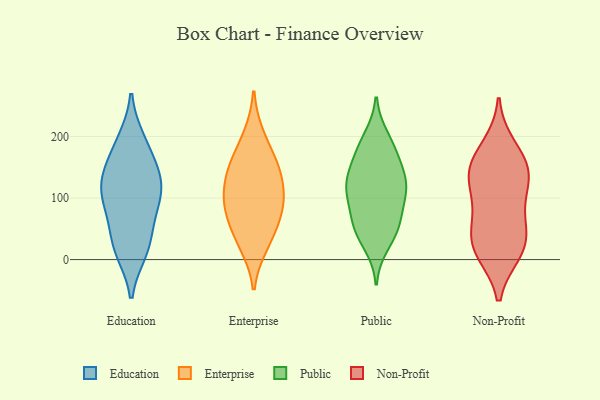
{"axis": {"x": "Tickets Resolved", "y": "Value"}, "legend": ["Education", "Enterprise", "Non-Profit", "Public"], "data": [{"x": "", "y": 193, "type": "Education"}, {"x": "", "y": 81, "type": "Education"}, {"x": "", "y": 18, "type": "Education"}, {"x": "", "y": 119, "type": "Education"}, {"x": "", "y": 64, "type": "Education"}, {"x": "", "y": 123, "type": "Education"}, {"x": "", "y": 115, "type": "Education"}, {"x": "", "y": 26, "type": "Education"}, {"x": "", "y": 14, "type": "Education"}, {"x": "", "y": 150, "type": "Education"}, {"x": "", "y": 188, "type": "Education"}, {"x": "", "y": 144, "type": "Education"}, {"x": "", "y": 98, "type": "Education"}, {"x": "", "y": 103, "type": "Enterprise"}, {"x": "", "y": 39, "type": "Enterprise"}, {"x": "", "y": 86, "type": "Enterprise"}, {"x": "", "y": 152, "type": "Enterprise"}, {"x": "", "y": 25, "type": "Enterprise"}, {"x": "", "y": 152, "type": "Enterprise"}, {"x": "", "y": 140, "type": "Enterprise"}, {"x": "", "y": 72, "type": "Enterprise"}, {"x": "", "y": 98, "type": "Enterprise"}, {"x": "", "y": 200, "type": "Enterprise"}, {"x": "", "y": 125, "type": "Public"}, {"x": "", "y": 168, "type": "Public"}, {"x": "", "y": 187, "type": "Public"}, {"x": "", "y": 111, "type": "Public"}, {"x": "", "y": 199, "type": "Public"}, {"x": "", "y": 120, "type": "Public"}, {"x": "", "y": 56, "type": "Public"}, {"x": "", "y": 65, "type": "Public"}, {"x": "", "y": 135, "type": "Public"}, {"x": "", "y": 132, "type": "Public"}, {"x": "", "y": 103, "type": "Public"}, {"x": "", "y": 47, "type": "Public"}, {"x": "", "y": 93, "type": "Public"}, {"x": "", "y": 50, "type": "Public"}, {"x": "", "y": 167, "type": "Public"}, {"x": "", "y": 24, "type": "Public"}, {"x": "", "y": 137, "type": "Non-Profit"}, {"x": "", "y": 136, "type": "Non-Profit"}, {"x": "", "y": 55, "type": "Non-Profit"}, {"x": "", "y": 150, "type": "Non-Profit"}, {"x": "", "y": 25, "type": "Non-Profit"}, {"x": "", "y": 183, "type": "Non-Profit"}, {"x": "", "y": 84, "type": "Non-Profit"}, {"x": "", "y": 37, "type": "Non-Profit"}, {"x": "", "y": 157, "type": "Non-Profit"}, {"x": "", "y": 13, "type": "Non-Profit"}, {"x": "", "y": 13, "type": "Non-Profit"}, {"x": "", "y": 113, "type": "Non-Profit"}]}